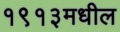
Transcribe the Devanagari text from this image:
१९१३मधील